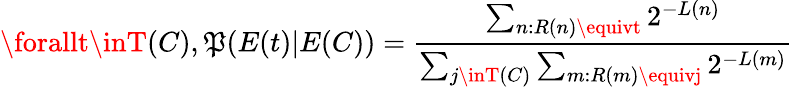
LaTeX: \forallt\inT(C),\mathfrak{P}(E(t)|E(C))={\frac{{\sum_{n:R(n)\equivt}2^{-L(n)}}}{{\sum_{j\inT(C)}\sum_{m:R(m)\equivj}2^{-L(m)}}}}